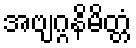
အဗျဂ္ဂနိမိတ္တံ